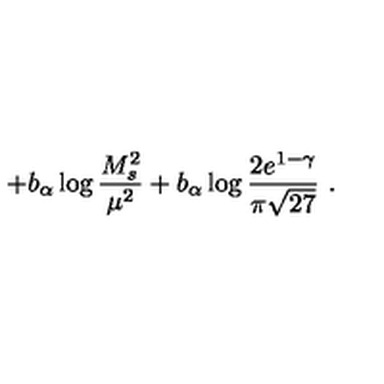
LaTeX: + b _ { \alpha } \log \frac { M _ { s } ^ { 2 } } { \mu ^ { 2 } } + b _ { \alpha } \log \frac { 2 e ^ { 1 - \gamma } } { \pi \sqrt { 2 7 } } \ .